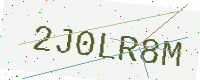
Text: 2J0LR8M